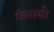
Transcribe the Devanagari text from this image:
फ़ंतासी